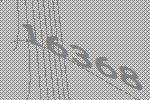
16368